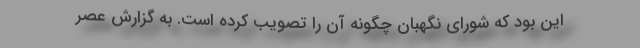
این بود که شورای نگهبان چگونه آن را تصویب کرده است. به گزارش عصر